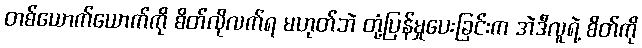
တစ်ယောက်ယောက်ကို စိတ်လိုလက်ရ မဟုတ်ဘဲ တုံ့ပြန်မှုပေးခြင်းက အဲဒီလူရဲ့ စိတ်ကို